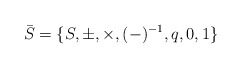
\begin{align*}\bar{S}= \{S,\pm,\times,(-)^{-1},q,0,1\}\end{align*}